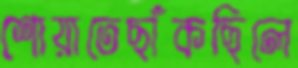
শোয়াতেছাঁকছিলে